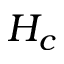
H _ { c }